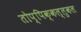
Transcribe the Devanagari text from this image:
तोप्पिक्कल्लुकल